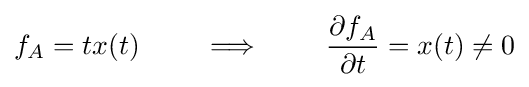
f_{A}=tx(t)\qquad \implies \qquad {\frac {\partial f_{A}}{\partial t}}=x(t)\neq 0